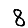
Digit: 8